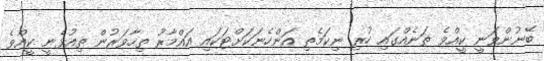
ބޭނުންވަނީ ކީއްވެ ތަނެއްގައި ހުރި ނިކަމެތި އަންހެނަކަށްޓަކައި އައްމާރު ތިހާވަރުން ތިއުޅެނީ ކީއްވެ